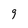
Character: 9